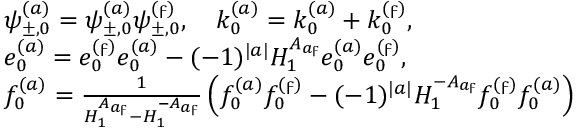
\begin{array} { r l } & { \psi _ { \pm , 0 } ^ { ( a ) } = \psi _ { \pm , 0 } ^ { ( a ) } \psi _ { \pm , 0 } ^ { ( \digamma ) } , \quad k _ { 0 } ^ { ( a ) } = k _ { 0 } ^ { ( a ) } + k _ { 0 } ^ { ( \digamma ) } , } \\ & { e _ { 0 } ^ { ( a ) } = e _ { 0 } ^ { ( \digamma ) } e _ { 0 } ^ { ( a ) } - ( - 1 ) ^ { | a | } H _ { 1 } ^ { A _ { a \digamma } } e _ { 0 } ^ { ( a ) } e _ { 0 } ^ { ( \digamma ) } , } \\ & { f _ { 0 } ^ { ( a ) } = \frac { 1 } { H _ { 1 } ^ { A _ { a \digamma } } - H _ { 1 } ^ { - A _ { a \digamma } } } \left( f _ { 0 } ^ { ( a ) } f _ { 0 } ^ { ( \digamma ) } - ( - 1 ) ^ { | a | } H _ { 1 } ^ { - A _ { a \digamma } } f _ { 0 } ^ { ( \digamma ) } f _ { 0 } ^ { ( a ) } \right) } \end{array}